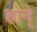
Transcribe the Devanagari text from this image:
होने्